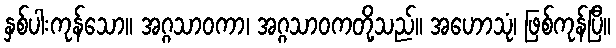
နှစ်ပါးကုန်သော။ အဂ္ဂသာဝကာ၊ အဂ္ဂသာဝကတို့သည်။ အဟောသုံ၊ ဖြစ်ကုန်ပြီ။